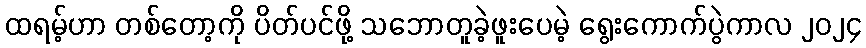
ထရမ့်ဟာ တစ်တော့ကို ပိတ်ပင်ဖို့ သဘောတူခဲ့ဖူးပေမဲ့ ရွေးကောက်ပွဲကာလ ၂၀၂၄